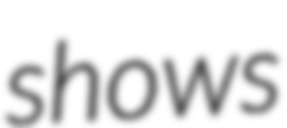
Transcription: shows